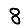
Digit: 8